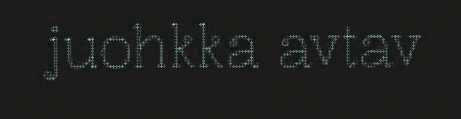
juohkka avtav